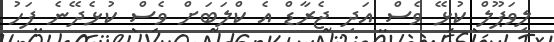
ލިވަޕޫލް ކުޅޭ ވެސް އަދި ޖެރާޑް އެ ކްލަބަށް ވެސް ކުޅެދޭނެ ފަހު